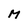
Character: M